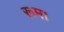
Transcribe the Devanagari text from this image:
रूम।